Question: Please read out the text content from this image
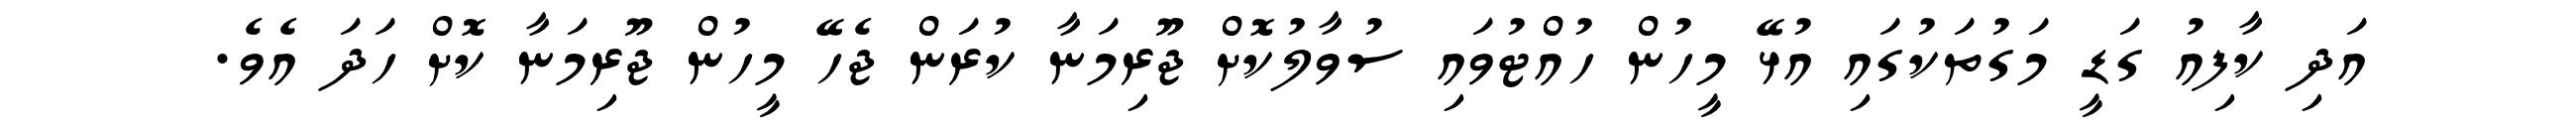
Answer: އަދި ކާފިއު ގަޑީ މަގުތަކުގައި އުޅޭ މީހުން ހުއްޓުވައި ސުވާލުކޮށް ޖޫރިމަނާ ކުރަން ޖެހޭ މީހުން ޖޫރިމަނާ ކޮށް ހަދަ އެވެ.